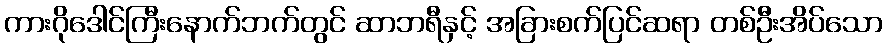
ကားဂိုဒေါင်ကြီးနောက်ဘက်တွင် ဆာဘရီနှင့် အခြားစက်ပြင်ဆရာ တစ်ဦးအိပ်သော